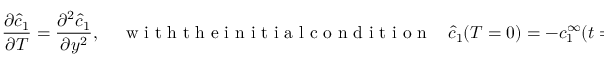
\frac { \partial \hat { c } _ { 1 } } { \partial T } = \frac { \partial ^ { 2 } \hat { c } _ { 1 } } { \partial y ^ { 2 } } , ~ ~ ~ ~ ~ \mathrm { ~ w ~ i ~ t ~ h ~ t ~ h ~ e ~ i ~ n ~ i ~ t ~ i ~ a ~ l ~ c ~ o ~ n ~ d ~ i ~ t ~ i ~ o ~ n ~ } ~ ~ ~ ~ \hat { c } _ { 1 } ( T = 0 ) = - c _ { 1 } ^ { \infty } ( t = 0 ) ,